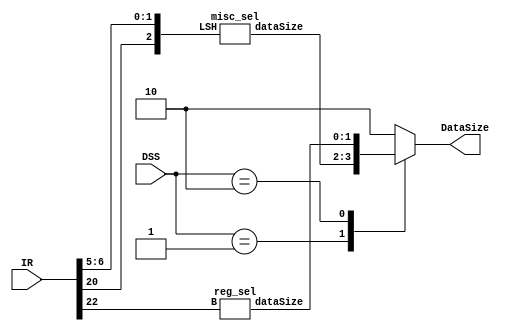
////////////////////
//Data Size Selector
////////////////////
module data_size_selector(output reg [1:0] DataSize, input [31:0] IR, input [1:0] DSS);
	parameter WORD = 2'b10;
	wire [1:0] misc_sel_out, reg_sel_out;
	misc_sel misc(misc_sel_out, {IR[20],IR[6],IR[5]});
	reg_sel reg_sel(reg_sel_out, IR[22]);

	always@(*)
	begin
		case(DSS)
			2'b01: DataSize = misc_sel_out;
			2'b10: DataSize = reg_sel_out;
			default: DataSize =	WORD;
		endcase
	end
endmodule

module misc_sel(output reg [1:0] dataSize, input [2:0] LSH);
	parameter BYTE = 2'b00;
	parameter HALF = 2'b01;
	parameter DWORD = 2'b11;
	always@(*)
		begin
			case(LSH)
				3'b000: dataSize = 0;
				3'b001: dataSize = HALF;
				3'b010: dataSize = DWORD;
				3'b011: dataSize = DWORD;
				3'b100: dataSize = 0;
				3'b101: dataSize = HALF;
				3'b110: dataSize = BYTE;
				3'b111: dataSize = HALF;
				default: dataSize =0;
			endcase
	end
endmodule

module reg_sel(output reg [1:0] dataSize, input B);
	parameter BYTE = 2'b00;
	parameter WORD = 2'b10;
	always@(*)
	begin
		case(B)
			1'b0: dataSize = WORD; 
			1'b1: dataSize = BYTE;
			default: dataSize =0;
		endcase
	end
endmodule